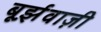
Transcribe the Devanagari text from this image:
बूर्झ़वाज़ी